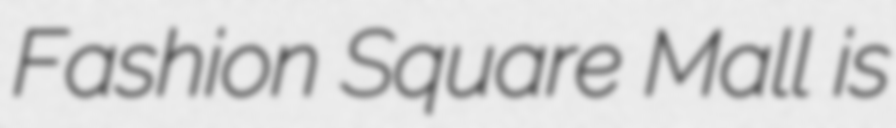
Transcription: Fashion Square Mall is